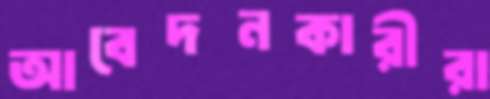
আবেদনকারীরা